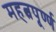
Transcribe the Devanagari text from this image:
महत्वपूर्ण्ण